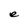
Character: e